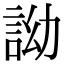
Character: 詏